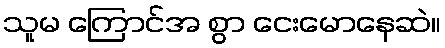
သူမ ကြောင်အ စွာ ငေးမောနေဆဲ။